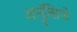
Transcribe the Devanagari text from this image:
आनुंत्सियों